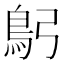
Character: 𩾫